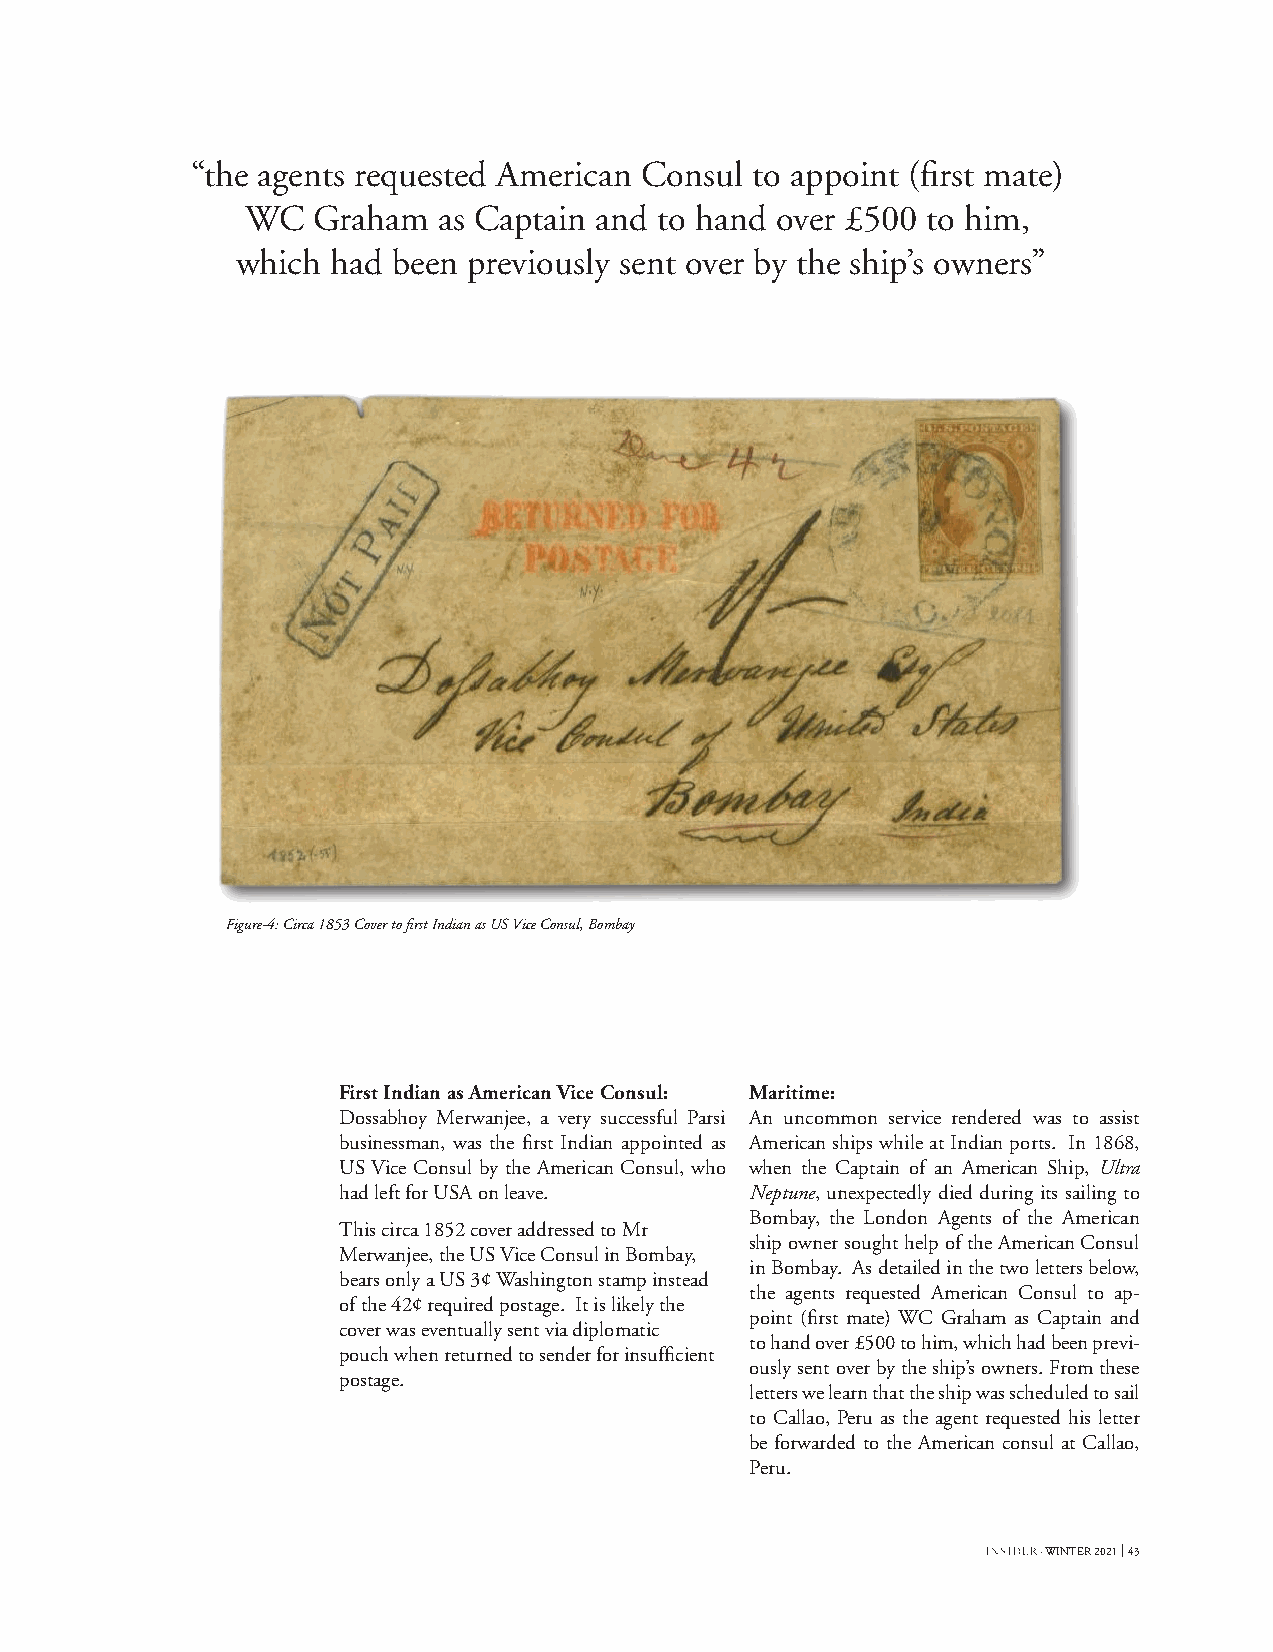
“the agents requested American Consul to appoint (first mate)
 WC   Graham  as Captain and to hand over £500 to him,
 which had been previously sent over by the ship’s owners”
 Figure-4: Circa 1853 Cover to first Indian as US Vice Consul, Bombay
 First Indian as American Vice Consul: Maritime:
 Dossabhoy Merwanjee, a very successful Parsi An uncommon service rendered was to assist
 businessman, was the first Indian appointed as American ships while at Indian ports. In 1868,
 US Vice Consul by the American Consul, who when the Captain of an American Ship, Ultra
 had left for USA on leave.  Neptune, unexpectedly died during its sailing to
 Bombay, the London Agents of the American
 This circa 1852 cover addressed to Mr
 ship owner sought help of the American Consul
 Merwanjee, the US Vice Consul in Bombay,
 in Bombay. As detailed in the two letters below,
 bears only a US 3¢ Washington stamp instead
 the agents requested American Consul to ap-
 of the 42¢ required postage. It is likely the
 point (first mate) WC Graham as Captain and
 cover was eventually sent via diplomatic
 to hand over £500 to him, which had been previ-
 pouch when returned to sender for insufficient
 ously sent over by the ship’s owners. From these
 postage.
 letters we learn that the ship was scheduled to sail
 to Callao, Peru as the agent requested his letter
 be forwarded to the American consul at Callao,
 Peru.
 · WINTER 2021 43